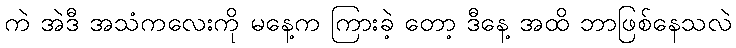
ကဲ အဲဒီ အသံကလေးကို မနေ့က ကြားခဲ့ တော့ ဒီနေ့ အထိ ဘာဖြစ်နေသလဲ